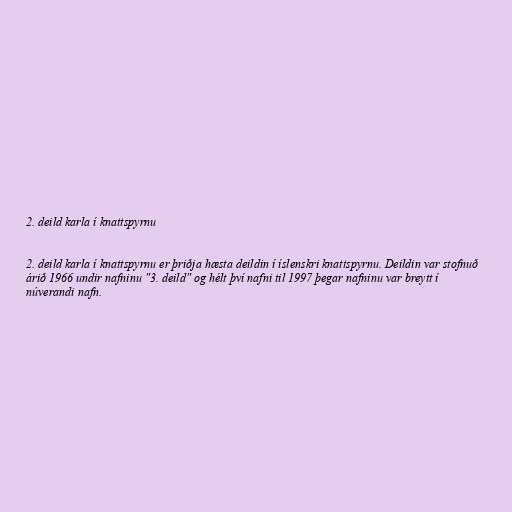
2. deild karla í knattspyrnu

2. deild karla í knattspyrnu er þriðja hæsta deildin í íslenskri knattspyrnu. Deildin var stofnuð
árið 1966 undir nafninu "3. deild" og hélt því nafni til 1997 þegar nafninu var breytt í
núverandi nafn.